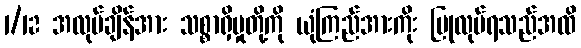
1/12 အလုပ်ချိန်အား သစ္စာရှိမှုတို့ကို ယုံကြည်အားကိုး ပြုလုပ်ရသည်အထိ